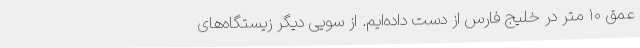
عمق ۱۰ متر در خلیج فارس از دست داده‌ایم. از سویی دیگر زیستگاه‌های